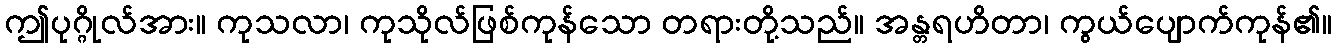
ဤပုဂ္ဂိုလ်အား။ ကုသလာ၊ ကုသိုလ်ဖြစ်ကုန်သော တရားတို့သည်။ အန္တရဟိတာ၊ ကွယ်ပျောက်ကုန်၏။